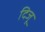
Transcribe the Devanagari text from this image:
दिजू